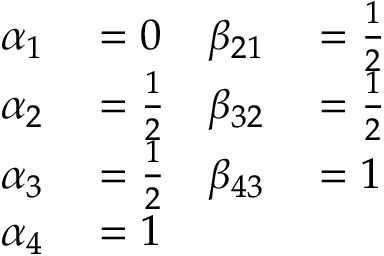
\begin{array} { r l r l } { \alpha _ { 1 } } & { { } = 0 } & { \beta _ { 2 1 } } & { { } = { \frac { 1 } { 2 } } } \\ { \alpha _ { 2 } } & { { } = { \frac { 1 } { 2 } } } & { \beta _ { 3 2 } } & { { } = { \frac { 1 } { 2 } } } \\ { \alpha _ { 3 } } & { { } = { \frac { 1 } { 2 } } } & { \beta _ { 4 3 } } & { { } = 1 } \\ { \alpha _ { 4 } } & { { } = 1 } & { } & { { } } \end{array}